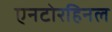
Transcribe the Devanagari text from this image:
एनटोरहिनल